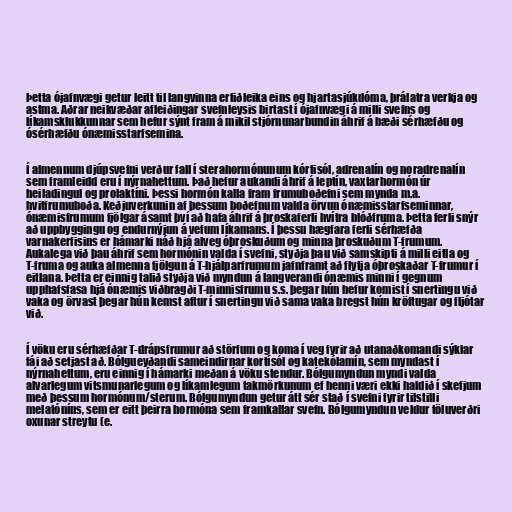
Þetta ójafnvægi getur leitt til langvinna erfiðleika eins og hjartasjúkdóma, þrálatra verkja og
astma. Aðrar neikvæðar afleiðingar svefnleysis birtast í ójafnvægi á milli svefns og
líkamsklukkunnar sem hefur sýnt fram á mikil stjórnunarbundin áhrif á bæði sérhæfðu og
ósérhæfðu ónæmisstarfsemina.

Í almennum djúpsvefni verður fall í sterahormónunum kórtisól, adrenalín og noradrenalín
sem framleidd eru í nýrnahettum. Það hefur aukandi áhrif á leptín, vaxtarhormón úr
heiladingul og prolaktíni. Þessi hormón kalla fram frumuboðefni sem mynda m.a.
hvitfrumuboða. Keðjuverkunin af þessum boðefnum valda örvun ónæmisstarfseminnar,
ónæmisfrumum fjölgar ásamt því að hafa áhrif á þroskaferli hvítra blóðfruma. Þetta ferli snýr
að uppbyggingu og endurnýjun á vefum líkamans. Í þessu hægfara ferli sérhæfða
varnakerfisins er hámarki náð hjá alveg óþroskuðum og minna þroskuðum T-frumum.
Aukalega við þau áhrif sem hormónin valda í svefni, styðja þau við samskipti á milli eitla og
T-fruma og auka almenna fjölgun á T-hjálparfrumum jafnframt að flytja óþroskaðar T-frumur í
eitlana. Þetta er einnig talið styðja við myndun á langverandi ónæmis minni í gegnum
upphafsfasa hjá ónæmis viðbragði T-minnisfrumu s.s. þegar hún hefur komist í snertingu við
vaka og örvast þegar hún kemst aftur í snertingu við sama vaka bregst hún kröftugar og fljótar
við.

Í vöku eru sérhæfðar T-drápsfrumur að störfum og koma í veg fyrir að utanaðkomandi sýklar
fái að setjast að. Bólgueyðandi sameindirnar kortísól og katekólamín, sem myndast í
nýrnahettum, eru einnig í hámarki meðan á vöku stendur. Bólgumyndun myndi valda
alvarlegum vitsmunarlegum og líkamlegum takmörkunum ef henni væri ekki haldið í skefjum
með þessum hormónum/sterum. Bólgumyndun getur átt sér stað í svefni fyrir tilstilli
melatóníns, sem er eitt þeirra hormóna sem framkallar svefn. Bólgumyndun veldur töluverðri
oxunar streytu (e.